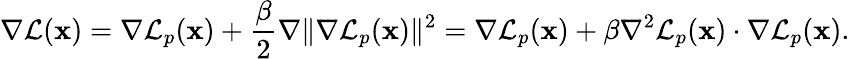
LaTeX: \nabla\mathcal{L}(\mathbf{x})=\nabla\mathcal{L}_{p}(\mathbf{x})+\frac{\beta}{2}\nabla\Vert\nabla\mathcal{L}_{p}(\mathbf{x})\Vert^{2}=\nabla\mathcal{L}_{p}(\mathbf{x})+\beta\nabla^{2}\mathcal{L}_{p}(\mathbf{x})\cdot\nabla\mathcal{L}_{p}(\mathbf{x}).